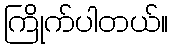
ကြိုက်ပါတယ်။